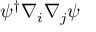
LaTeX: \psi ^ { \dagger } \nabla _ { i } \nabla _ { j } \psi